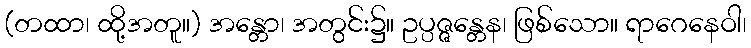
(တထာ၊ ထို့အတူ။) အန္တော၊ အတွင်း၌။ ဥပ္ပဇ္ဇန္တေန၊ ဖြစ်သော။ ရာဂေနေဝါ၊